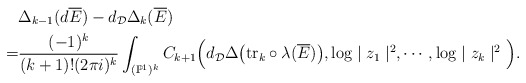
\begin{align*}&\Delta_{k-1}(d\overline{E})-d_\mathcal{D}\Delta_k(\overline{E})\\=&\frac{(-1)^{k}}{(k+1)!(2\pi i)^k}\int_{(\mathbb{P}^1)^k}C_{k+1}\Big(d_\mathcal{D}\Delta\big({\rm tr}_k\circ\lambda(\overline{E})\big),\log\mid z_1\mid^2,\cdots,\log\mid z_{k}\mid^2\Big).\end{align*}